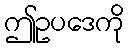
ဤဥပဒေကို